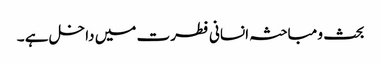
بحث و مباحثہ انسانی فطرت میں داخل ہے ۔